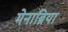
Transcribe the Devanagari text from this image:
मेनाब्रिया